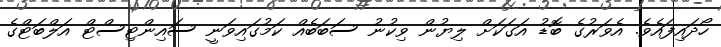
ހޯދައިފައެވެ. އެވަރުގެ ބޮޑު އަގަކަށް ލިޔުން ވިކުނު ސަބަބެއް ކަމުގައިވަނީ ސައިންޓިސްޓް އަލްބަޓްގެ